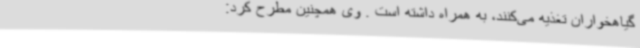
گیاهخواران تغذیه می‌کنند، به همراه داشته‌ است . وی همچنین مطرح کرد: